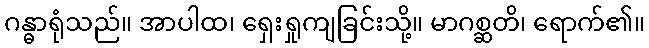
ဂန္ဓာရုံသည်။ အာပါထ၊ ရှေးရှုကျခြင်းသို့။ မာဂစ္ဆတိ၊ ရောက်၏။